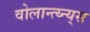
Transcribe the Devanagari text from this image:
वोलान्त्य्न्य्स